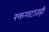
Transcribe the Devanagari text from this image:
रक्तगटातही